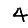
Digit: 4